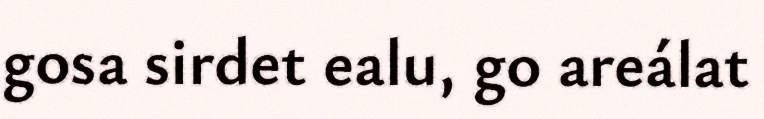
gosa sirdet ealu, go areálat